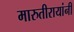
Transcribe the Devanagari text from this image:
मारुतीरायांनी